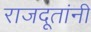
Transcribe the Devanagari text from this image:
राजदूतांनी